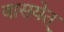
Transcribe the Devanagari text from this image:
वासयेत्